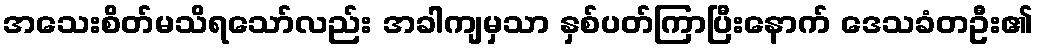
အသေးစိတ်မသိရသော်လည်း အခါကျမှသာ နှစ်ပတ်ကြာပြီးနောက် ဒေသခံတဦး၏